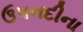
ઉપનદીના